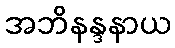
အဘိနန္ဒနာယ